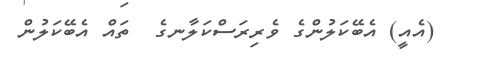
(އެއީ) އެބޭކަލުންގެ ވެރިރަސްކަލާނގެ  ތައް އެބޭކަލުން